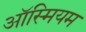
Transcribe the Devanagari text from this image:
ऑस्मियम